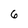
Character: 6